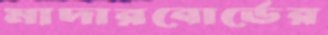
মাদারবোর্ডের